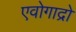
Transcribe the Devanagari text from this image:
एवोगाद्रो